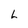
Character: L